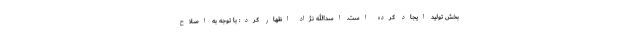
بخش تولید ایجاد کرده است. اسدالله نژاد اظهار کرد: با توجه به اصلاح